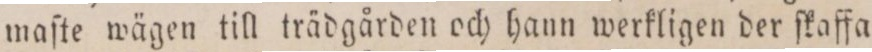
maſte wägen till trädgården och hann werkligen der ſkaffa